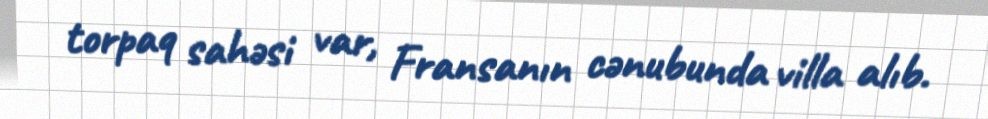
torpaq sahəsi var, Fransanın cənubunda villa alıb.